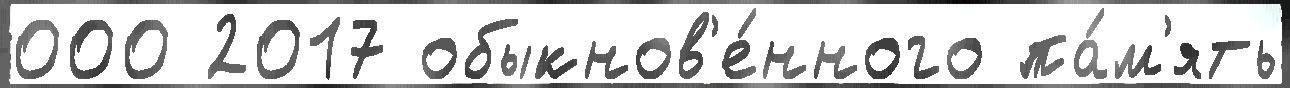
000 2017 обыкнов'е́нного па́м'ять